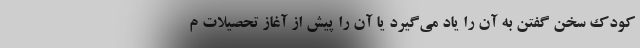
کودک سخن گفتن به آن را یاد می‌گیرد یا آن را پیش از آغاز تحصیلات م